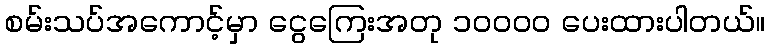
စမ်းသပ်အကောင့်မှာ ငွေကြေးအတု ၁၀၀၀၀ ပေးထားပါတယ်။